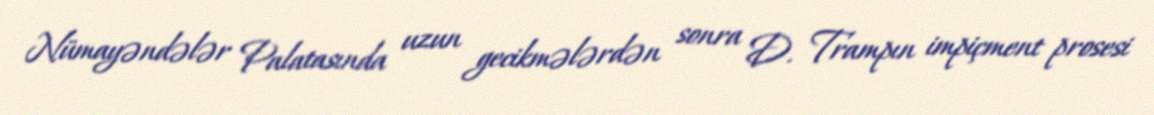
Nümayəndələr Palatasında uzun gecikmələrdən sonra D. Trampın impiçment prosesi